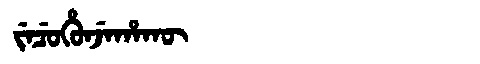
Manchu: ᠵᡝᠴᡠᡥᡠᠨᠵᡝᡥᠠᡴᡡ
Romanization: JECUHUNJEHAKŪ